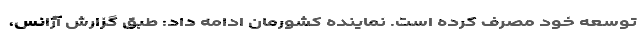
توسعه خود مصرف کرده است. نماینده کشورمان ادامه داد: طبق گزارش آژانس،